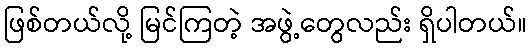
ဖြစ်တယ်လို့ မြင်ကြတဲ့ အဖွဲ့တွေလည်း ရှိပါတယ်။